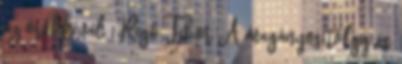
az örökkéval 1 Rigó Tibor A magányos tölgy és